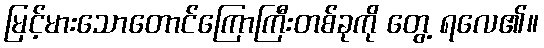
မြင့်မားသောတောင်ကြောကြီးတစ်ခုကို တွေ့ ရလေ၏။